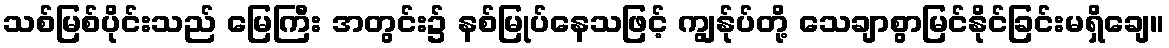
သစ်မြစ်ပိုင်းသည် မြေကြီး အတွင်း၌ နစ်မြုပ်နေသဖြင့် ကျွန်ုပ်တို့ သေချာစွာမြင်နိုင်ခြင်းမရှိချေ။